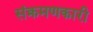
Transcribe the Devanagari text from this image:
संक्रमणकारी